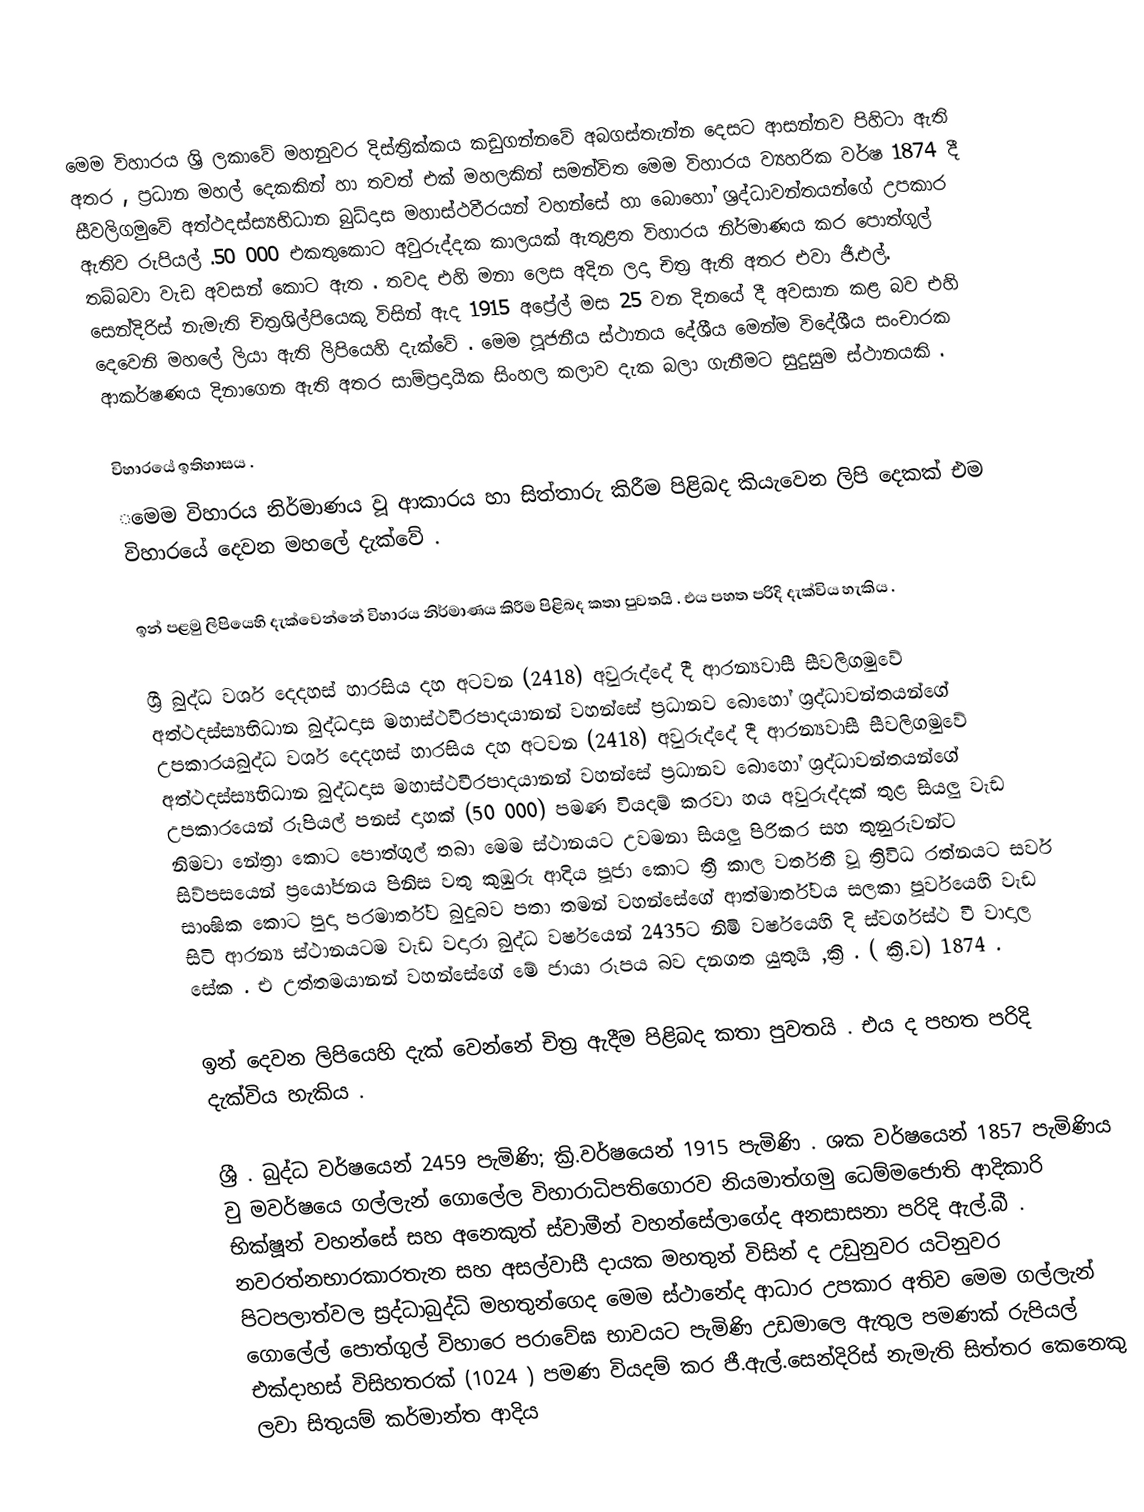
මෙම විහාරය ශ්‍රි ලකාවේ මහනුවර දිස්ත්‍රික්කය කඩුගන්නවේ අබගස්තැන්න දෙසට  ආසන්නව පිහිටා ඇති අතර , ප්‍රධාන මහල් දෙකකින් හා තවත් එක් මහලකින් සමන්විත මෙම විහාරය ව්‍යහරික වර්ෂ 1874 දී සීවලිගමුවේ අත්ථදස්ස්‍යභිධාන බුධ්දාස මහාස්ථවීරයන් වහන්සේ හා බොහෝ ශ්‍රද්ධාවන්තයන්ගේ උපකාර ඇතිව රුපියල් .50 000 එකතුකොට අවුරුද්දක කාලයක් ඇතුළත විහාරය නිර්මාණය කර පොත්ගුල් තබ්බවා වැඩ අවසන් කොට  ඇත . තවද එහි මනා ලෙස අදින ලදා චිත්‍ර ඇති අතර එවා ජී.එල්. සෙන්දිරිස් නැමැති චිත්‍රශිල්පියෙකු විසින් ඇද 1915 අප්‍රේල් මස 25 වන දිනයේ දී අවසාන කළ බව එහි දෙවෙනි මහලේ ලියා ඇති  ලිපියෙහි දැක්වේ . මෙම පූජනීය ස්ථානය දේශීය මෙන්ම විදේශීය   සංචාරක ආකර්ෂණය දිනාගෙන ඇති අතර සාම්ප්‍රදායික සිංහල කලාව දැක බලා ගැනීමට සුදුසුම ස්ථානයකි .

විහාරයේ ඉතිහාසය .
‌මෙම විහාරය නිර්මාණය වූ ආකාරය හා සිත්තාරු කිරීම පිළිබද  කියැවෙන ලිපි දෙකක් එම විහාරයේ දෙවන මහලේ දැක්වේ .

ඉන් පළමු ලිපියෙහි දැක්වෙන්නේ විහාරය නිර්මාණය කිරීම පිළිබද කතා පුවතයි . එය පහත පරිදි දැක්විය හැකිය .

ශ්‍රී බුද්ධ වර්ශ දෙදහස් හාරසිය දහ අටවන (2418) අවුරුද්දේ දී ආරන්‍යවාසී සීවලිගමුවේ අත්ථදස්ස්‍යභිධාන බුද්ධදාස මහාස්ථවීරපාදයානන් වහන්සේ ප්‍රධානව බොහෝ ශ්‍රද්ධාවන්තයන්ගේ උපකාරයබුද්ධ වර්ශ දෙදහස් හාරසිය දහ අටවන (2418) අවුරුද්දේ දී ආරන්‍යවාසී සීවලිගමුවේ අත්ථදස්ස්‍යභිධාන බුද්ධදාස මහාස්ථවීරපාදයානන් වහන්සේ ප්‍රධානව බොහෝ ශ්‍රද්ධාවන්තයන්ගේ උපකාරයෙන්  රුපියල් පනස් දාහක් (50 000) පමණ වියදම් කරවා හය අවුරුද්දක් තුළ සියලු වැඩ නිමවා නේත්‍රා කොට පොත්ගුල් තබා මෙම ස්ථානයට උවමනා සියලු පිරිකර සහ තුනුරුවන්ට සිව්පසයෙන් ප්‍රයෝජනය පිනිස වතු කුඹුරු ආදිය පූජා කොට ත්‍රී කාල වර්තතී වූ  ත්‍රිවිධ රත්නයට සර්ව සාංඝික කොට පුදා පරමාර්ත්ව බුදුබව පතා තමන් වහන්සේගේ ආත්මාර්ත්වය සලකා පූර්වයෙහි වැඩ සිටි ආරන්‍ය ස්ථානයටම වැඩ වදාරා බුද්ධ වර්ෂයෙන් 2435ට නිමි වර්ෂයෙහි දි ස්වර්ගස්ථ වී වාදාල සේක . එ උත්තමයානන් වහන්සේගේ මේ ජායා රූපය බව දනගත යුතුයි ,ක්‍රි . ( ක්‍රි.ව) 1874 .

ඉන් දෙවන ලිපියෙහි දැක් වෙන්නේ චිත්‍ර ඇදීම පිළිබද කතා පුවතයි . එය ද පහත පරිදි දැක්විය හැකිය .

ශ්‍රී . බුද්ධ  වර්ෂයෙන් 2459 පැමිණි; ක්‍රි.වර්ෂයෙන් 1915  පැමිණි . ශක වර්ෂයෙන් 1857 පැමිණිය වු මවර්ෂයෙ ගල්ලැන් ගොලේල විහාරාධිපතිගොරව නියමාත්ගමු ධෙම්මජොති ආදිකාරි භික්ෂූන් වහන්සේ සහ අනෙකුත් ස්වාමීන් වහන්සේලාගේද අනසාසනා පරිදි ඇල්.බී . නවරත්නභාරකාරතැන සහ අසල්වාසී දායක මහතුන් විසින් ද උඩුනුවර යටිනුවර පිටපලාත්වල ස්‍රද්ධාබුද්ධි මහතුන්ගෙද මෙම ස්ථානේද ආධාර උපකාර අතිව මෙම ගල්ලැන් ගොලේල් පොත්ගුල් විහාරෙ පරාවේඝ  භාවයට පැමිණි උඩමාලෙ ඇතුල පමණක් රුපියල් එක්දාහස් විසිහතරක් (1024 ) පමණ වියදම් කර ජී.ඇල්.සෙන්දිරිස් නැමැති සිත්තර කෙනෙකු ලවා සිතුයම් කර්මාන්ත ආදිය